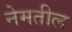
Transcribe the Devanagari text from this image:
नेमतील